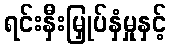
ရင်းနှီးမြှုပ်နှံမှုနှင့်